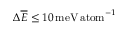
\Delta \overline { { E } } \leq 1 0 \, \mathrm { m e V \, a t o m } ^ { - 1 }